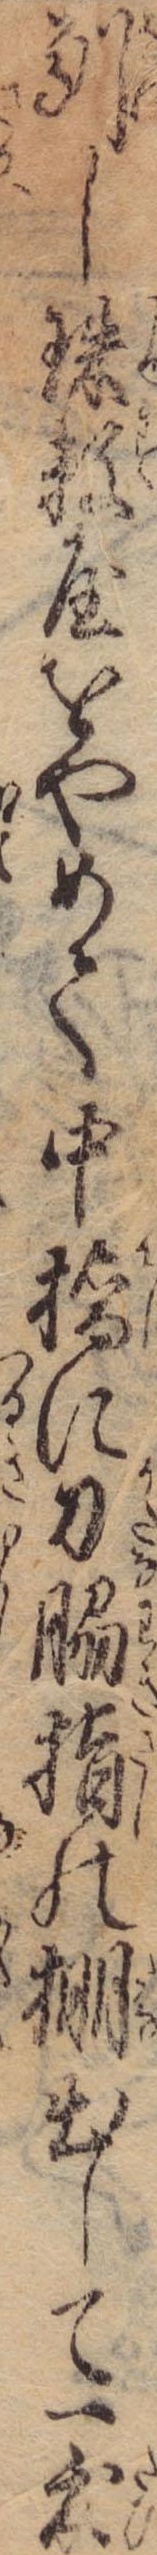
馴し珠数屋をやめて中橋に刀脇指の棚出して一度